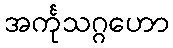
အင်္ကုသဂ္ဂဟော